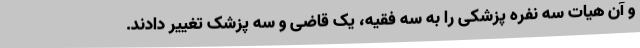
و آن هیات سه نفره پزشکی را به سه فقیه، یک قاضی و سه پزشک تغییر دادند.